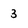
Character: 3